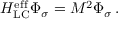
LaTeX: H _ { \mathrm { L C } } ^ { \mathrm { e f f } } \Phi _ { \sigma } = M ^ { 2 } \Phi _ { \sigma } \, .